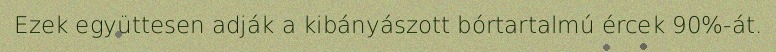
Ezek együttesen adják a kibányászott bórtartalmú ércek 90%-át.